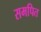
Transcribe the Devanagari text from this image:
समपित